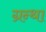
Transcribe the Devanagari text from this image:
ग्रन्था